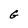
Character: G